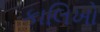
કાલિખો